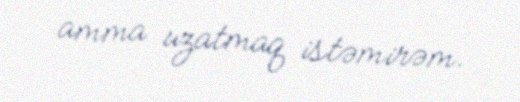
amma uzatmaq istəmirəm.